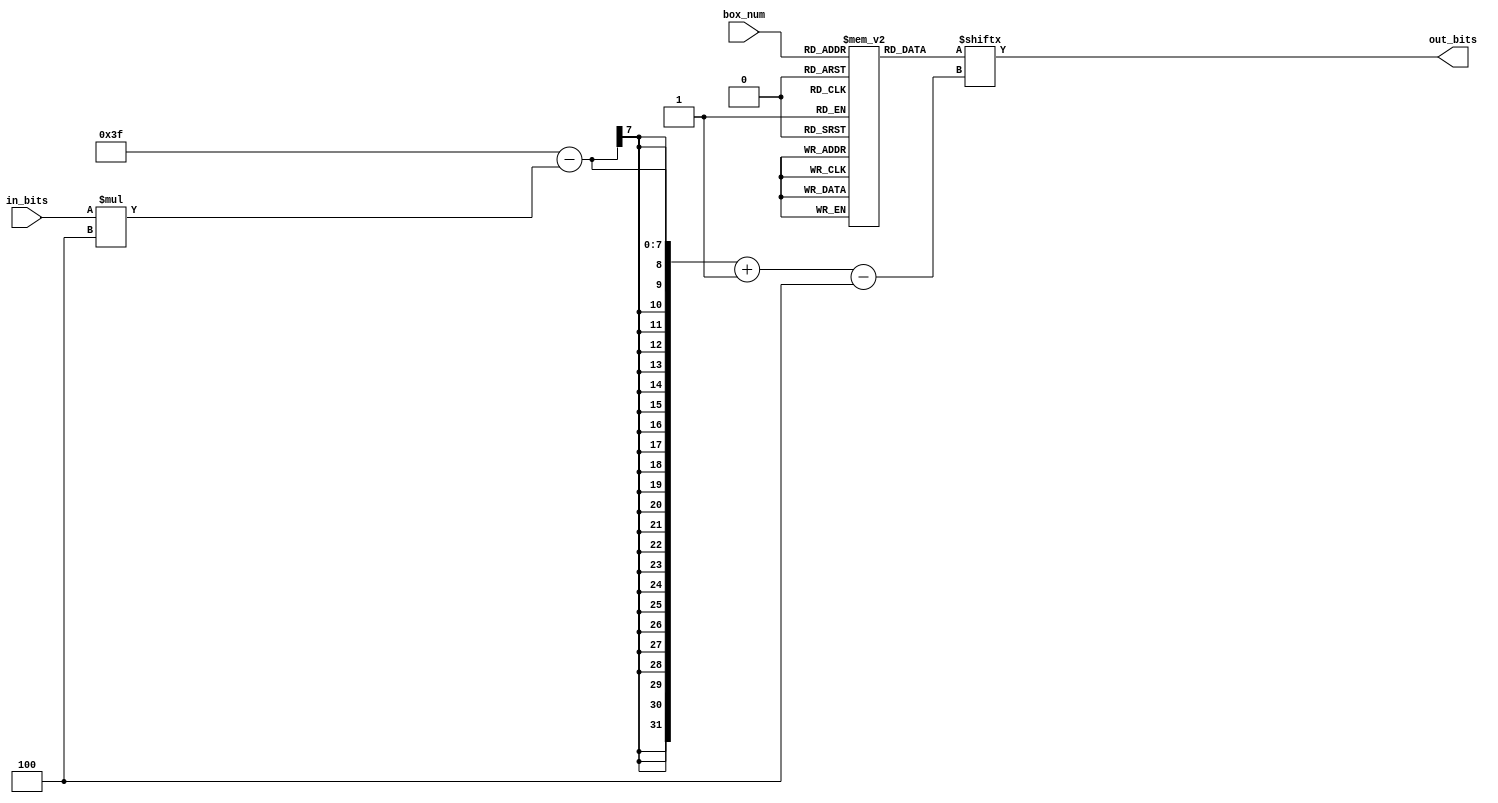
`timescale 1ns / 1ps
//////////////////////////////////////////////////////////////////////////////////


module sbox_e(
        input wire [3:0] in_bits,
        output reg [3:0] out_bits,
        input [2:0] box_num
    );
  
    reg [63:0] s_boxes [0:7];
    
    initial begin // defining s-boxes
        s_boxes[0] <= 64'b1100_0111_0101_1110_1111_0010_1010_1001_0001_1011_0110_0000_1000_0100_1101_0011;// 38f1a65bed42709c; original
        s_boxes[1] <= 64'b1111_1000_1001_0110_0100_0111_1010_1100_0011_1101_0000_1011_1110_0001_0101_0010; // fc27905a1be86d34; original
        s_boxes[2] <= 64'b0001_1011_1100_0000_1110_0111_0101_1010_0110_1000_0011_1101_1001_0010_1111_0100; // 86793cafd1e40b52; original
        s_boxes[3] <= 64'b0000_1011_0011_0101_1101_0100_0110_1010_1111_1000_1001_1110_0001_0010_1100_0111; // 0fb8c963d124a75e; original
        s_boxes[4] <= 64'b1000_0100_0011_1001_0001_0010_1101_1110_1111_1010_0000_0111_1100_0101_0110_1011; // 1f83c0b6254a9e7d; original
        s_boxes[5] <= 64'b1111_0000_0010_1011_0100_0111_1001_1110_1010_1100_0101_0110_1101_0001_0011_1000; // f52b4a9c03e8d671; original
        s_boxes[6] <= 64'b1110_0111_0001_1011_0011_1000_0110_0101_0100_1001_0010_1100_1010_1111_1101_0000; // 72c5846be91fd3a0; original
        s_boxes[7] <= 64'b1000_1110_0111_1001_1111_0011_0100_1010_1011_0010_0001_1100_0000_0101_1101_0110; // 1df0e82b74ca9356; original
    end 
    
    always @(in_bits or box_num)
    begin
        // address the s-box and assign the out_bits based on in_bits
        out_bits = s_boxes[box_num][63-in_bits*4 -: 4];
    end

    
endmodule